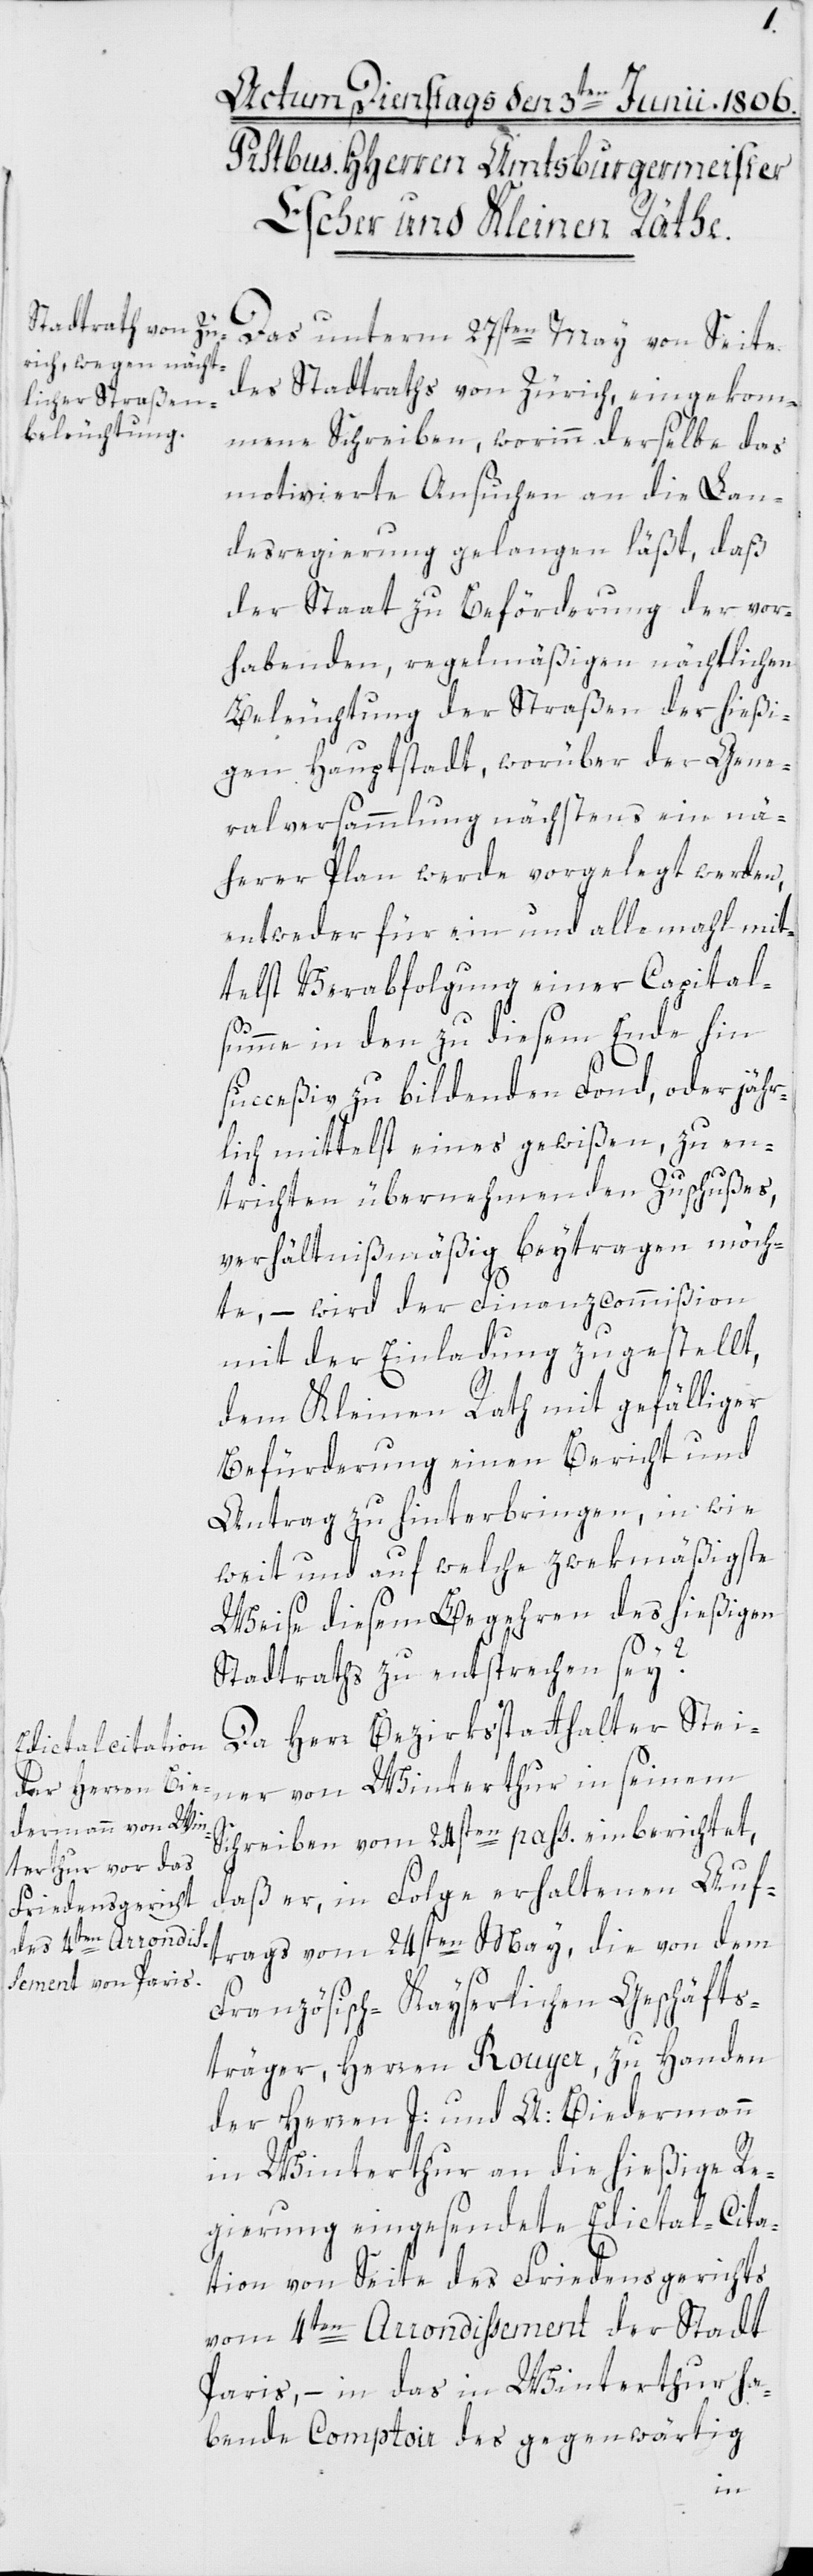
Das unterm 27sten May von Seite
des Stadtraths von Zürich, eingekom¬
mene Schreiben, worinn derselbe das
motivierte Ansuchen an die Lan¬
desregierung gelangen läßt, daß
der Staat zu Beförderung der vor¬
habenden regelmäßigen nächtlichen
Beleuchtung der Straßen der hießi¬
gen Hauptstadt, worüber der Gene¬
ralversammlung nächstens ein nä¬
herer Plan werde vorgelegt werden,
entweder für ein und allemahl mit¬
telst Verabfolgung einer Capitals¬
umme in den zu diesem Ende hin
succeßiv zu bildenden Fonds, oder jähr¬
lich mittelst eines gewißen, zu en¬
trichten übernehmenden Zuschußes,
verhältnißmäßig beytragen möch¬
te, – wird der Finanzcommißion
mit der Einladung zugestellt,
dem Kleinen Rath mit gefälliger
Befürderung einen Bericht und
Antrag zu hinterbringen, in wie
weit und auf welche zwekmäßigste
Weise diesem Begehren des hießigen
Stadtraths zu entsprechen sey?
Da Herr Bezirksstatthalter Stei¬
ner von Winterthur in seinem
Schreiben vom 24sten pass. einberichtet,
daß er, in Folge erhaltenen Auf¬
trags vom 24sten May, die von dem
Französisch-Kayserlichen Geschäfts¬
träger, Herren Rouyer, zu Handen
der Herren J. und A. Biedermann
in Winterthur an die hießige Re¬
gierung eingesendete Edictal-Cita¬
tion von Seite des Friedensgerichts
vom 4ten Arrondissement der Stadt
Paris, in das in Winterthur ha¬
bende Comptoir des gegenwärtig